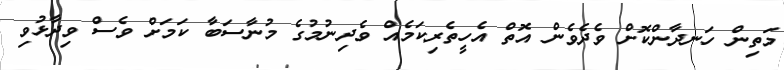
މަތިން ހަނދާންކޮށް ވެދެވެން އޮތް އެހީތެރިކަމެއް ވެދިނުމުގެ މުނާސަބާ ކަމަށް ވެސް ވިދާޅުވި